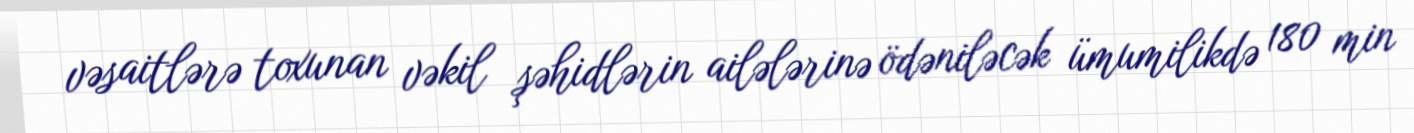
vəsaitlərə toxunan vəkil şəhidlərin ailələrinə ödəniləcək ümumilikdə 180 min